NAE_ERA_R-2078_Sihtasutus_Eesti_Kontsert, lk 24
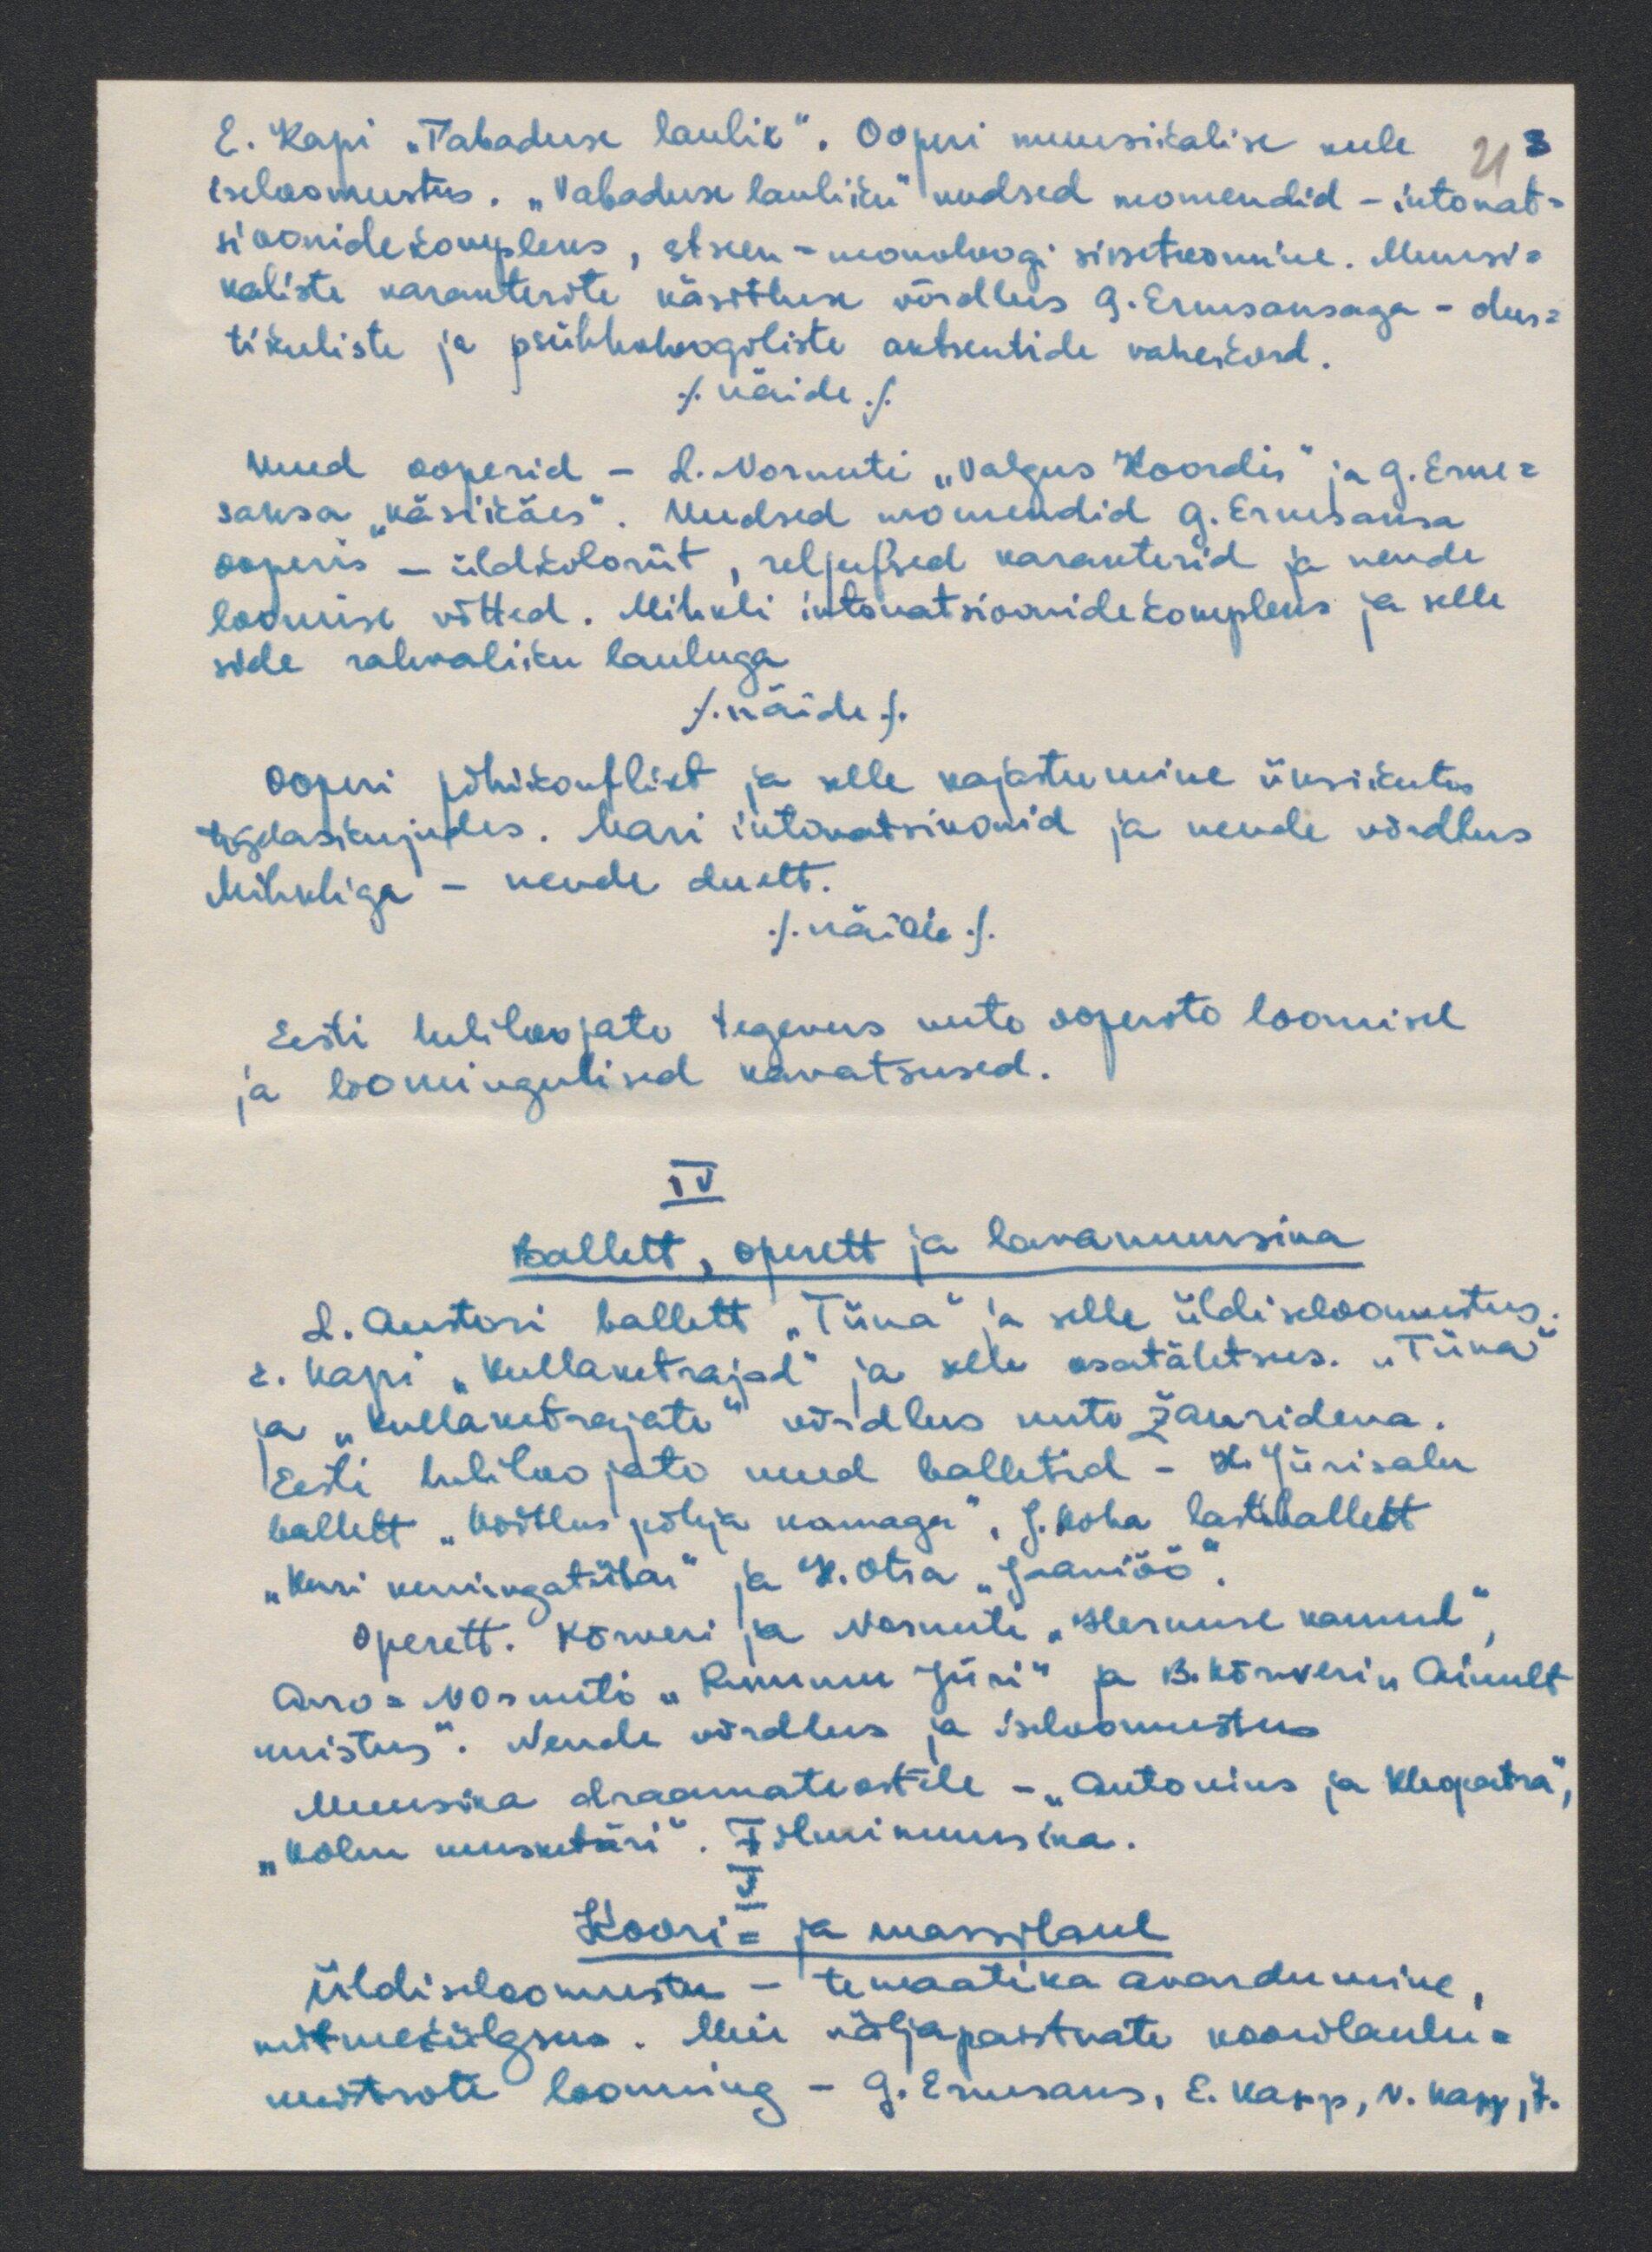
E. Kapi "Vabaduse laulik". Ooperi muusikalise keele 21 3
iseloomustus. "Vabaduse lauliku" uudsed momendid - intonat-
sioonide kompleksus, stseen - monoloogi sissetoomine. Muusi-
kaliste karakterite käsitluse võrdlus G. Ernesaksaga - olus-
tikuliste ja psühholoogiliste aktsentide vahekord.
./näide/.
uued ooperid - L. Normeti "Valgus Koordis" ja G. Erne-
saksa "Käsikäes". Uudsed momendid G. Ernesaksa
ooperis - üldkoloriit, reljeefsed karakterid ja nende
loomise võtted. Mihkli intomatsioonide kompleks ja selle
side rahvaliku lauluga
./Näide/.
Ooperi põhikonflikt ja selle kajastumine üksikutes
tegelaskujudes. Mari intonatsioonid ja nende võrdlus-
Mihkliga - nende duett.
./näide/.
Eesti heliloojate tegevus uute ooperite loomisel
ja loomingulised kavatsused.
IV
ballelt, operett ja lavamuusika
L. Austeri ballett "Tiina" ja selle üldiseloomustus
E. Kapi "Kullaketrajad" ja selle osatähtsus. "Tiina"
ja "Kullaketrajate" võrdlus uute žanridena.
Eesti heliloojate uued balletid - H. Jürisalu
ballelt "Võitlus põhja konnaga", J. Koha lasteballett
"Kuri kuningatütar" ja H. Otsa "Jaaniöö"
Operett. Kõrveri ja Normeti "Hermese kannul",
Arro- Normeti "Rummu Jüri" ja B. Kõrveri "Ainult
unistus". Nende võrdlus ja iseloomustus
Muusika draamateosteel - "Antonius ja Kleopatra",
"Kolm Musketäri". Filmimuusika.
V
Koori= ja massilaul
üldiseloomustus - temaatika avardumine,
mitmekülgus. Meie väljapastvate koorilaulu-
meistrite looming - G. Ernesaks, E. Kapp, V. Kapp, 7.